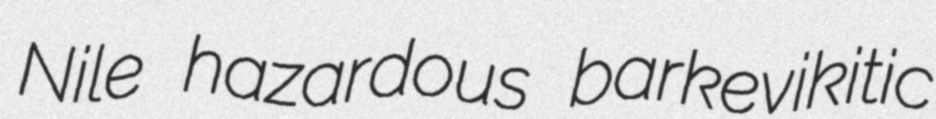
Nile hazardous barkevikitic